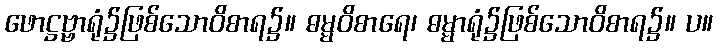
ဖောဋ္ဌဗ္ဗာရုံ၌ဖြစ်သောဝိစာရ၌။ ဓမ္မဝိစာရေ၊ ဓမ္မာရုံ၌ဖြစ်သောဝိစာရ၌။ ပ။